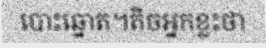
បោះឆ្នោត។តិចអ្នកខ្លះថា